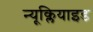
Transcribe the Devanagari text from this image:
न्यूक्लियाइड